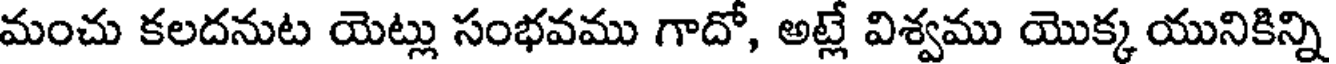
మంచు కలదనుట యెట్లు సంభవము గాదో, అట్లే విశ్వము యొక్క యునికిన్ని